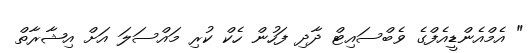
" އެމްއެންޑީއެފްގެ ވެބްސައިޓް ދާދި ފަހުން ހެކް ކުރި މައްސަލަ އަށް އިޝާރާތް